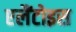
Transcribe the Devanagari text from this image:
एलैंटोइस